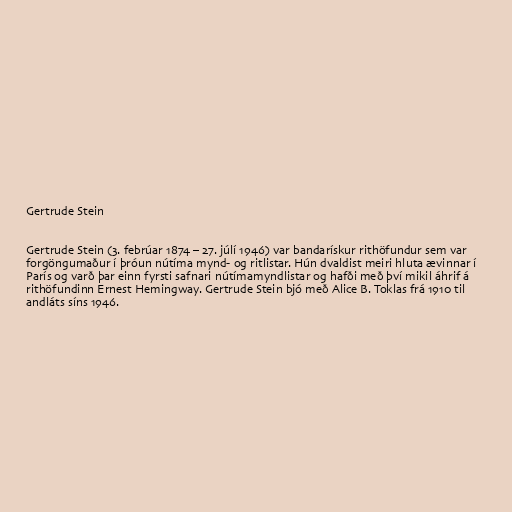
Gertrude Stein

Gertrude Stein (3. febrúar 1874 – 27. júlí 1946) var bandarískur rithöfundur sem var
forgöngumaður í þróun nútíma mynd- og ritlistar. Hún dvaldist meiri hluta ævinnar í
París og varð þar einn fyrsti safnari nútímamyndlistar og hafði með því mikil áhrif á
rithöfundinn Ernest Hemingway. Gertrude Stein bjó með Alice B. Toklas frá 1910 til
andláts síns 1946.